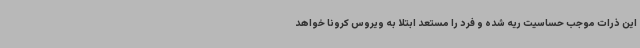
این ذرات موجب حساسیت ریه شده و فرد را مستعد ابتلا به ویروس کرونا خواهد